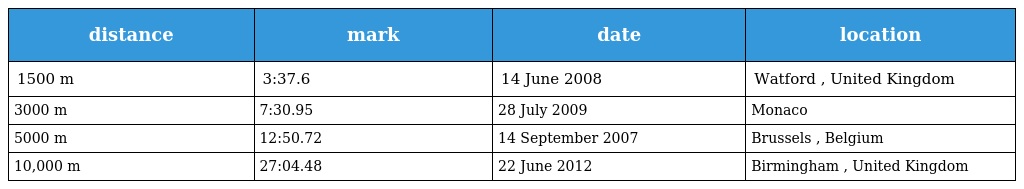
| distance | mark | date | location |
 | --- | --- | --- | --- |
 | 1500 m | 3:37.6 | 14 June 2008 | Watford , United Kingdom |
 | 3000 m | 7:30.95 | 28 July 2009 | Monaco |
 | 5000 m | 12:50.72 | 14 September 2007 | Brussels , Belgium |
 | 10,000 m | 27:04.48 | 22 June 2012 | Birmingham , United Kingdom |